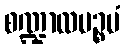
စဏ္ဍာလပဉ္စမံ